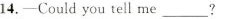
14.—Couldyou tell me___?